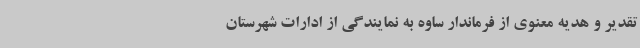
تقدیر و هدیه معنوی از فرماندار ساوه به نمایندگی از ادارات شهرستان